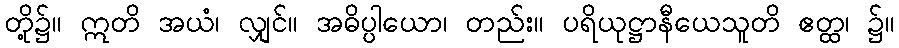
တို့၌။ ဣတိ အယံ၊ လျှင်။ အဓိပ္ပါယော၊ တည်း။ ပရိယုဋ္ဌာနီယေသူတိ ဧတ္ထ၊ ၌။